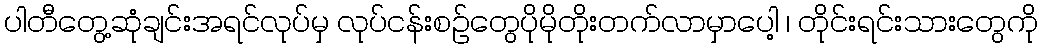
ပါတီတွေ့ဆုံချင်းအရင်လုပ်မှ လုပ်ငန်းစဉ်တွေပိုမိုတိုးတက်လာမှာပေါ့ ၊ တိုင်းရင်းသားတွေကို